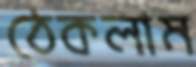
ঠেকলাম